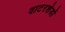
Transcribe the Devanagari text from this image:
वाटरशेडों